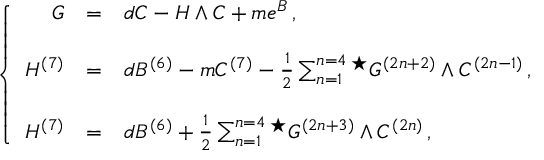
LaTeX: \left\{ \begin{array} { r c l } { { G } } & { { = } } & { { d C - H \wedge C + m e ^ { B } \, , } } \\ { { } } & { { } } & { { } } \\ { { H ^ { ( 7 ) } } } & { { = } } & { { d B ^ { ( 6 ) } - m C ^ { ( 7 ) } - \frac { 1 } { 2 } \sum _ { n = 1 } ^ { n = 4 } { } ^ { \star } G ^ { ( 2 n + 2 ) } \wedge C ^ { ( 2 n - 1 ) } \, , } } \\ { { } } & { { } } & { { } } \\ { { { \cal H } ^ { ( 7 ) } } } & { { = } } & { { d { \cal B } ^ { ( 6 ) } + \frac { 1 } { 2 } \sum _ { n = 1 } ^ { n = 4 } { } ^ { \star } G ^ { ( 2 n + 3 ) } \wedge C ^ { ( 2 n ) } \, , } } \end{array} \right.